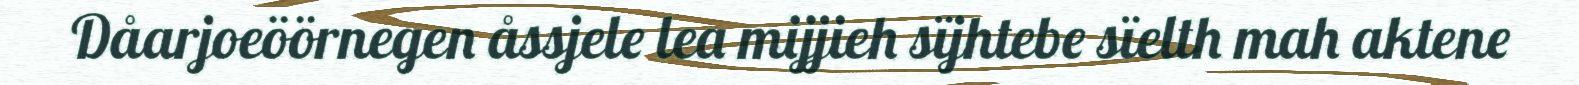
Dåarjoeöörnegen åssjele lea mijjieh sïjhtebe sïelth mah aktene